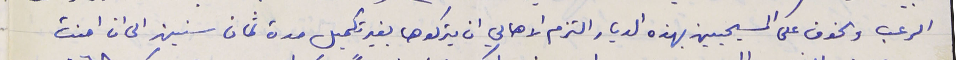
الرعب والخوف على المسيحيين بهذه الديار التزم الاهالي ان يتركوها بغير تكميل مدة ثمان سنين الى ان امنت